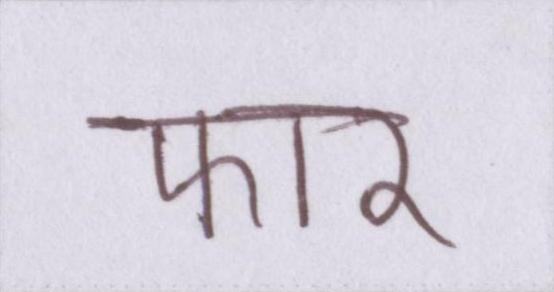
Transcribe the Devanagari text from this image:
फार